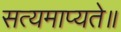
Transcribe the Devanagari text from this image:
सत्यमाप्यते॥